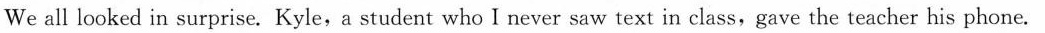
We all looked in surprise.Kyle,a student who I never saw text in class,gave the teacher his phone.